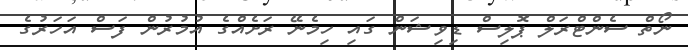
ނޯތް ސެންޓްރަލް ޕޮލިސް ޑިވިޝަން ގައި ހިމެނޭ ރަށެއްގެ އުމުރުން ފަސް އަހަރުގެ